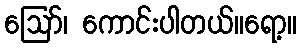
ဪ၊ ကောင်းပါတယ်။ရော့။